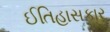
ઈતિહાસકાર